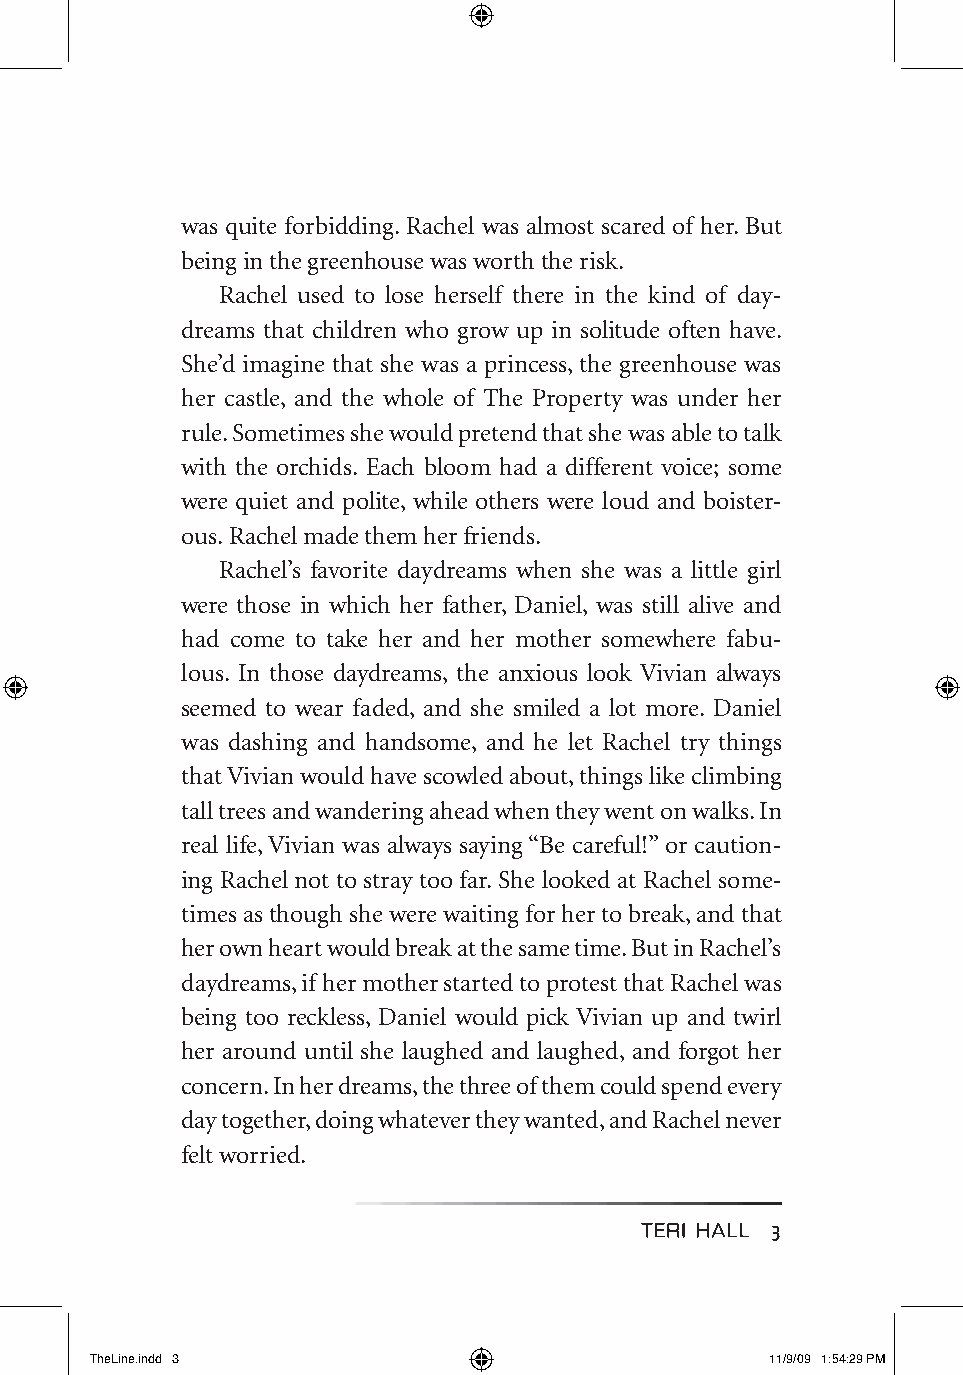
was quite forbidding. Rachel was almost scared of her. But
 being in the greenhouse was worth the risk.
 Rachel used to lose herself there in the kind of day-
 dreams that children who grow up in solitude often have.
 She’d imagine that she was a princess, the greenhouse was
 her castle, and the whole of The Property was under her
 rule. Sometimes she would pretend that she was able to talk
 with the orchids. Each bloom had a different voice; some
 were quiet and polite, while others were loud and boister-
 ous. Rachel made them her friends.
 Rachel’s favorite daydreams when she was a little girl
 were those in which her father, Daniel, was still alive and
 had come to take her and her mother somewhere fabu-
 lous. In those daydreams, the anxious look Vivian always
 seemed to wear faded, and she smiled a lot more. Daniel
 was dashing and handsome, and he let Rachel try things
 that Vivian would have scowled about, things like climbing
 tall trees and wandering ahead when they went on walks. In
 real life, Vivian was always saying “Be careful!” or caution-
 ing Rachel not to stray too far. She looked at Rachel some-
 times as though she were waiting for her to break, and that
 her own heart would break at the same time. But in Rachel’s
 daydreams, if her mother started to protest that Rachel was
 being too reckless, Daniel would pick Vivian up and twirl
 her around until she laughed and laughed, and forgot her
 concern. In her dreams, the three of them could spend every
 day together, doing whatever they wanted, and Rachel never
 felt worried.
 TerI haLL 3
 TheLine.indd 3                               11/9/09 1:54:29 PM